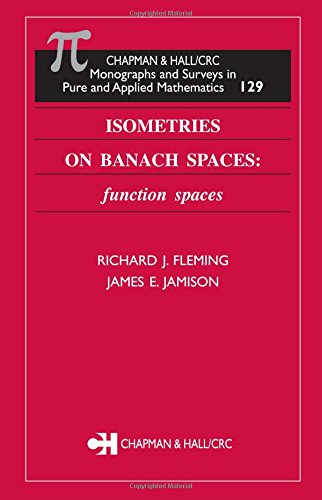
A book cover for Isometries on Banach Spaces: function spaces (Monographs and Surveys in Pure and Applied Mathematics); Richard J. Fleming; Science & Math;